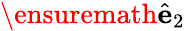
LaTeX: \ensuremath{\hat{\mathbf{e}}}_{2}